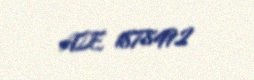
AZE 1878492